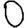
Digit: 0